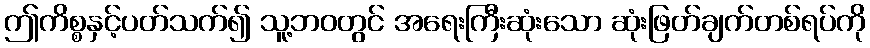
ဤကိစ္စနှင့်ပတ်သက်၍ သူ့ဘဝတွင် အရေးကြီးဆုံးသော ဆုံးဖြတ်ချက်တစ်ရပ်ကို